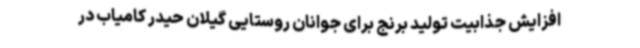
افزایش جذابیت تولید برنج برای جوانان روستایی گیلان حیدر کامیاب در